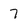
Character: 7